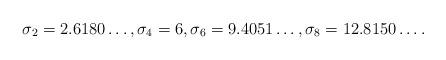
LaTeX: \begin{align*}\sigma_{2}= 2.6180\ldots, \sigma_{4}= 6,\sigma_{6}= 9.4051\ldots, \sigma_{8}=12.8150\ldots.\end{align*}